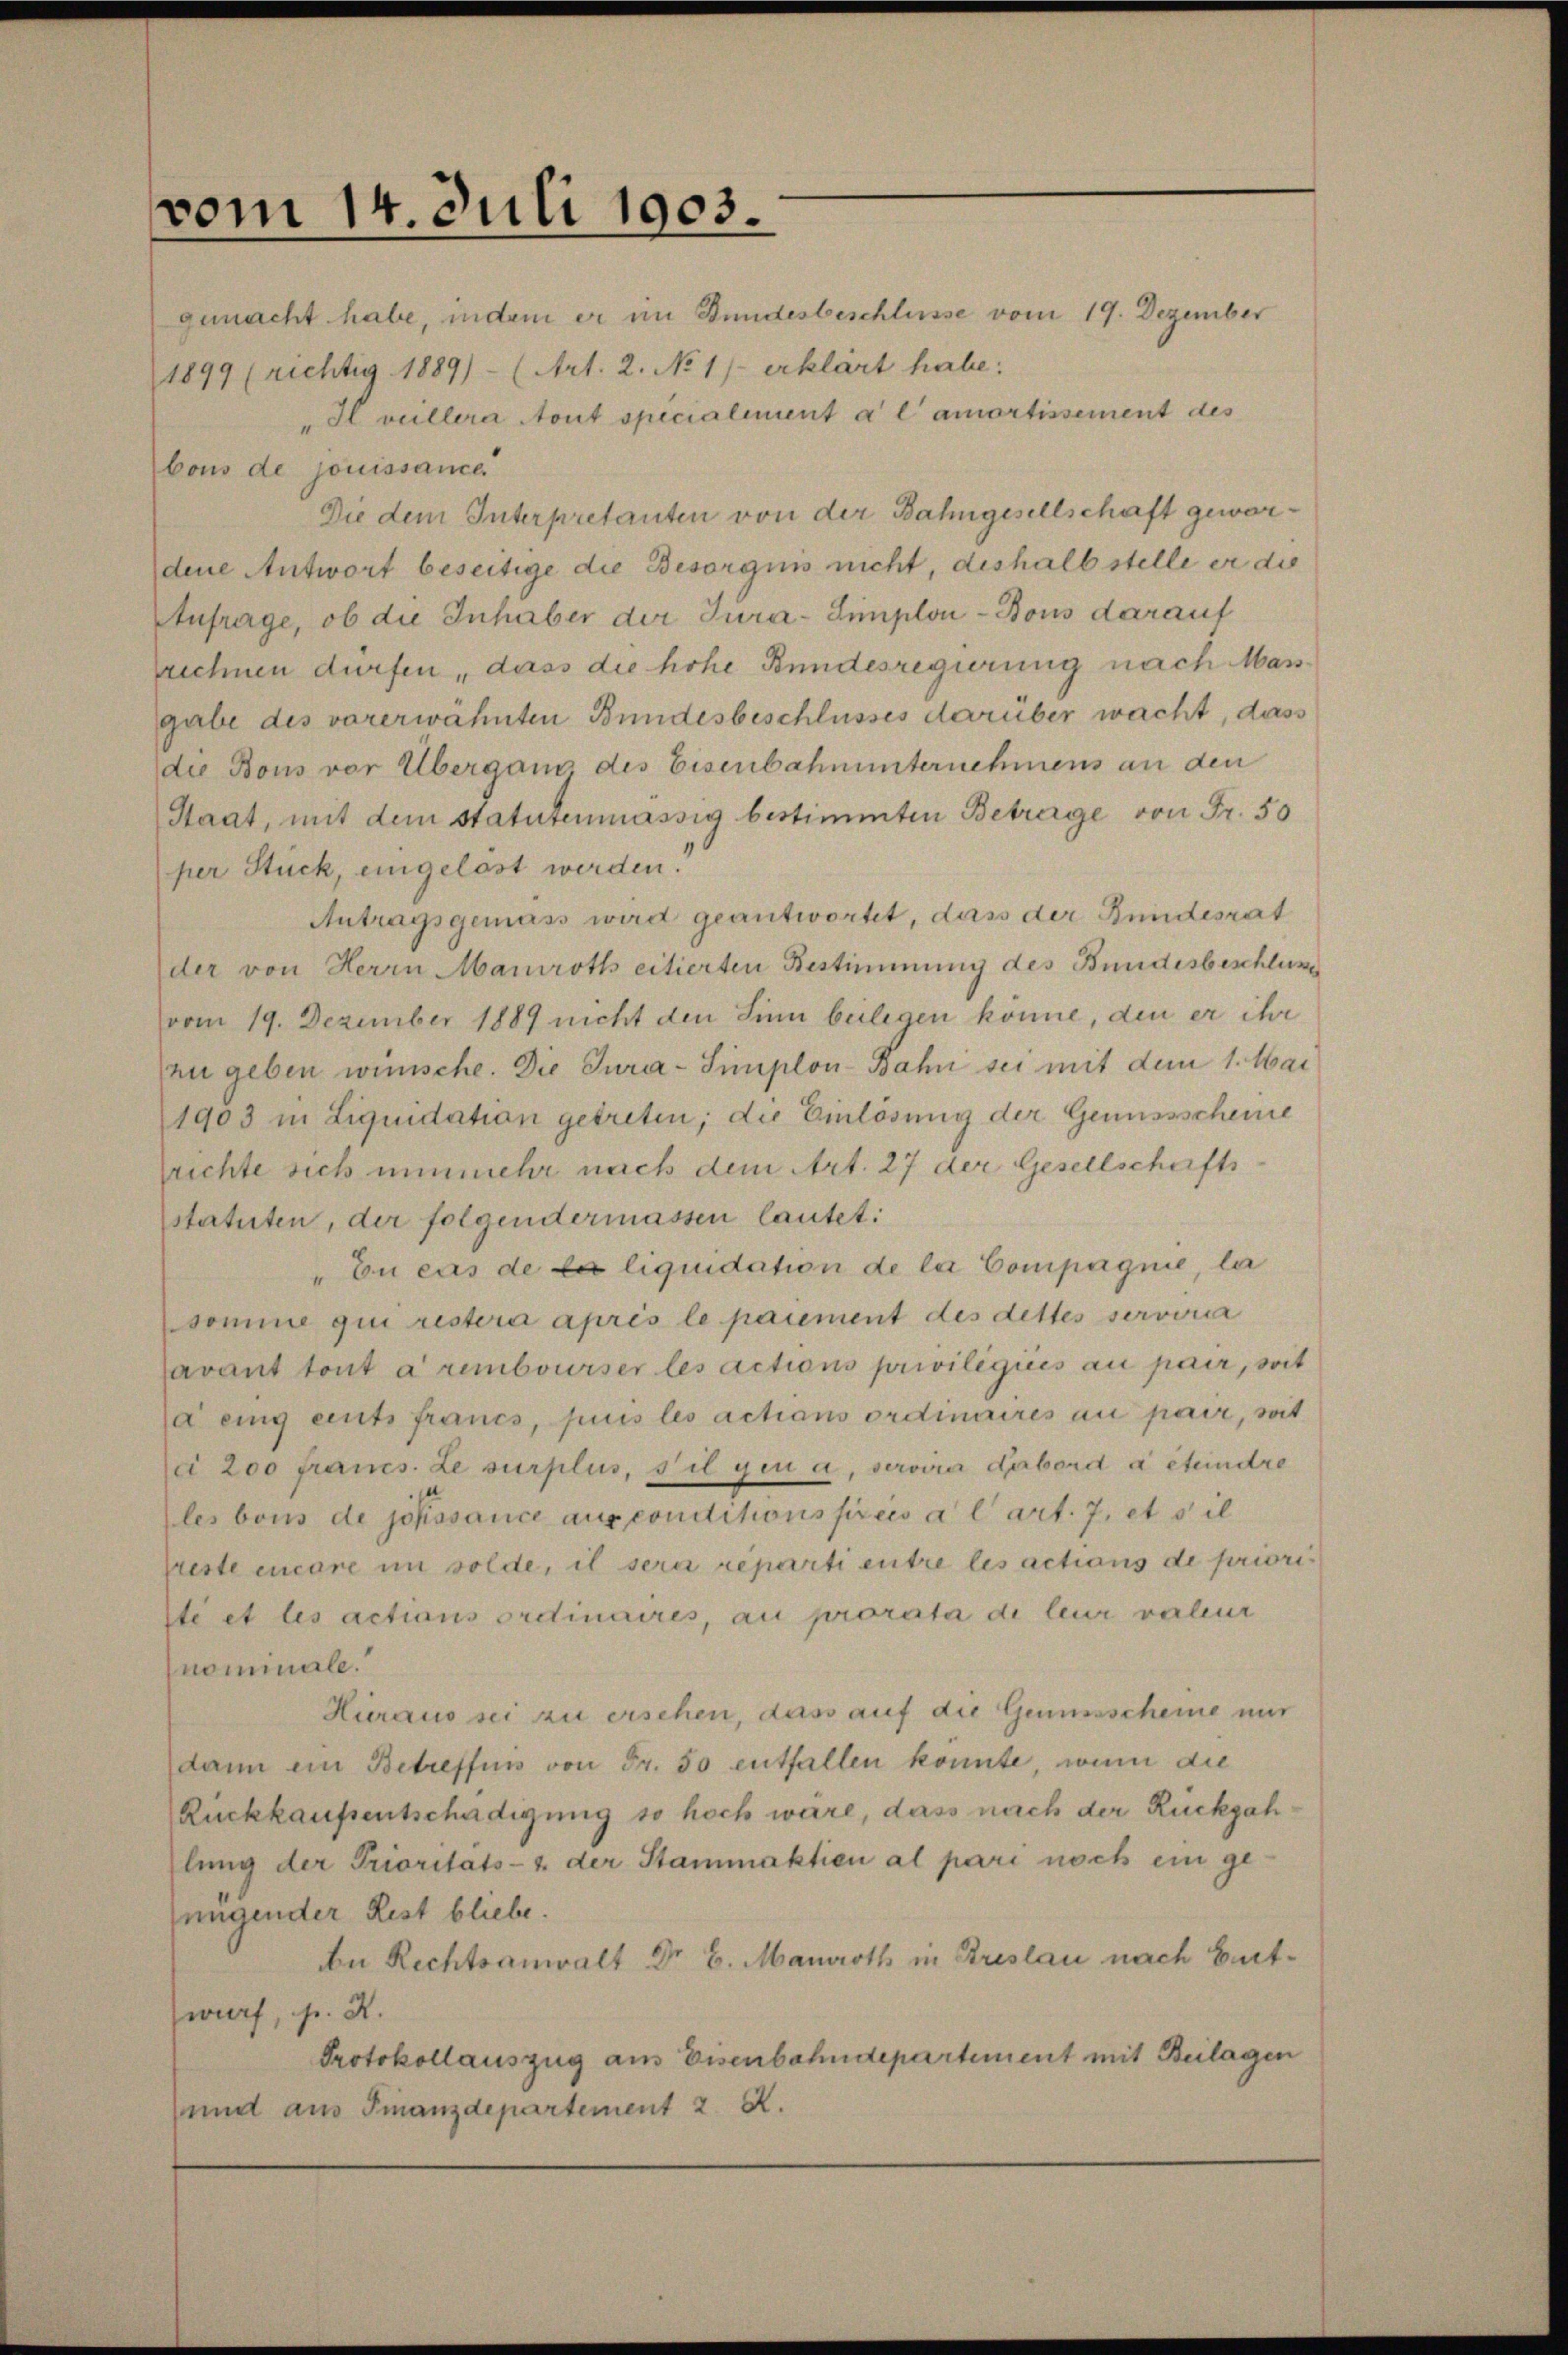
vom 14. Juli 1903.

gemacht habe, indem er im Bundesbeschlüsse vom 19. Dezember
1899 (richtig 1889)- (Art. 2. No 1) erklärt habe:
"Il villera tout specialement a l amortissement des
bous de jouissance
Die dem Interpretanten von der Bahngesellschaft gewordene Antwort beseitige die Besorgens nicht deshalb stelle er die
Anfrage, ob die Inhaber der Jura-Simplon - Bons darauf
rechnen dürfen, dass die hohe Bundesregierung nach Masgabe des vorerwähnten Bundesbeschlusses darüber wacht, dass
die Bons vor Übergan des Eisenbahnunternehmens an den
Staat, mit dem statutenmässig bestimmten Betrage von Fr. 50
per Stück, eingelast werden.
Antragsgemäss wird geantwortet, das der Bundesrat
der von Herrn Manroth citierten Bestimmung des Bundesbeschlusse
vom 19. Dezember 1889 nicht den Sinn beilegen könne, den er ihr
rzu geben wünsche. Die Jura-Simplon Bahn sei mit dem 1. Mai
1903 in Liquidation getreten; die Einlösung der Genussscheine
richte sich nunmehr nach dem Art. 27 der Gesellschafts
statuten, der folgendermassen lautet:
" En cas de la liquidation de la Compagnie, la
somme qui restera après le paiement des dettes serviria
avant tout à rembourser les actions privilégiées au pair, mit
a eing eints francs, puis les actians ordinaires au pair, mit
li 200 francs. Le surplus, s’il gen a, servire dabord à étundre
les bous de jouissance aus conditionsfreis a l art. 7, et sil
preste encore in solde, il sera reparti entre les actions de prioris
lte et les actions ordinaires, au prorata di leur valeur
nominale.
Hieraus sei zu ersehen, dass auf die Genussscheine nur
dann ein Betreffnis von Fr. 50 entfallen konnte, wenn die
Rückkaufsentschädigung so hoch wäre, dass nach der Rückgah
lung der Prioritäts- u. der Stammaktien al pari noch ein ge
jungender Rest bliebe.
be Rechtsanwalt Dr 6. Manoth in Breslau nach Bertwurf, s. R.
Protokollauszug aus Eisenbahndepartement mit Beilagen
und aus Finanzdepartement 2 R.